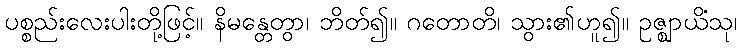
ပစ္စည်းလေးပါးတို့ဖြင့်။ နိမန္တေတွာ၊ ဘိတ်၍။ ဂတောတိ၊ သွား၏ဟူ၍။ ဥဇ္ဈာယိံသု၊